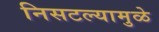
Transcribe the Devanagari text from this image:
निसटल्यामुळे